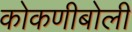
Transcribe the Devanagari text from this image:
कोकणीबोली